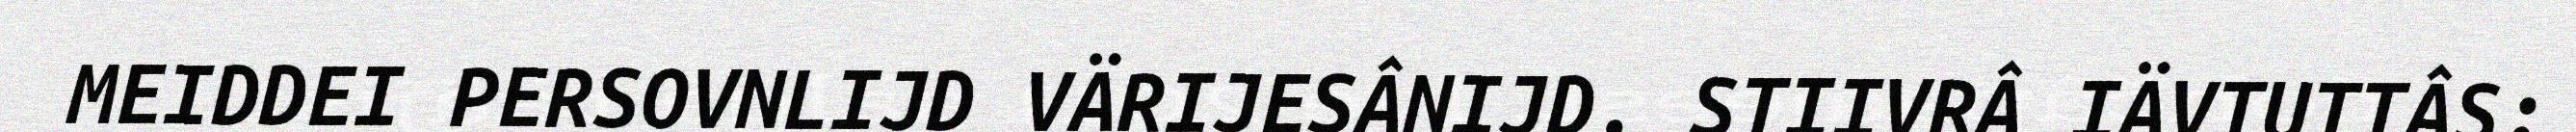
MEIDDEI PERSOVNLIJD VÄRIJESÂNIJD. STIIVRÂ IÄVTUTTÂS: